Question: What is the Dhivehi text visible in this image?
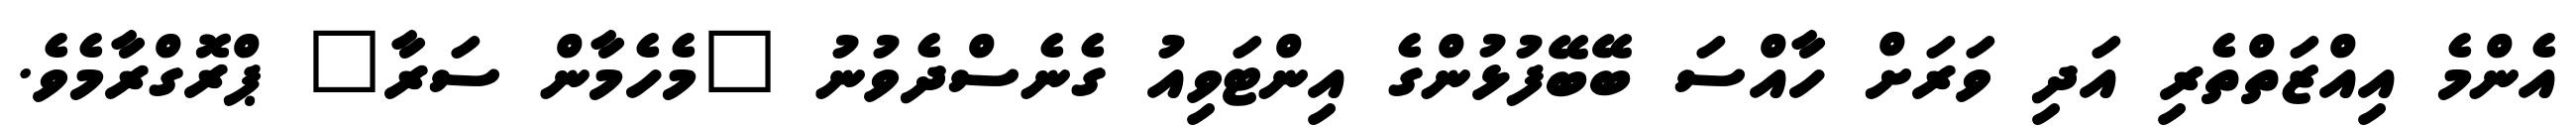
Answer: އެންމެ އިއްޒަތްތެރި އަދި ވަރަށް ހާއްސަ ބޭބޭފުޅުންގެ އިންޓަވިއު ގެނެސްދެވުނު "މެހެމާން ސަރާ" ޕްރޮގްރާމެވެ.